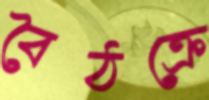
বৈঠক্রে